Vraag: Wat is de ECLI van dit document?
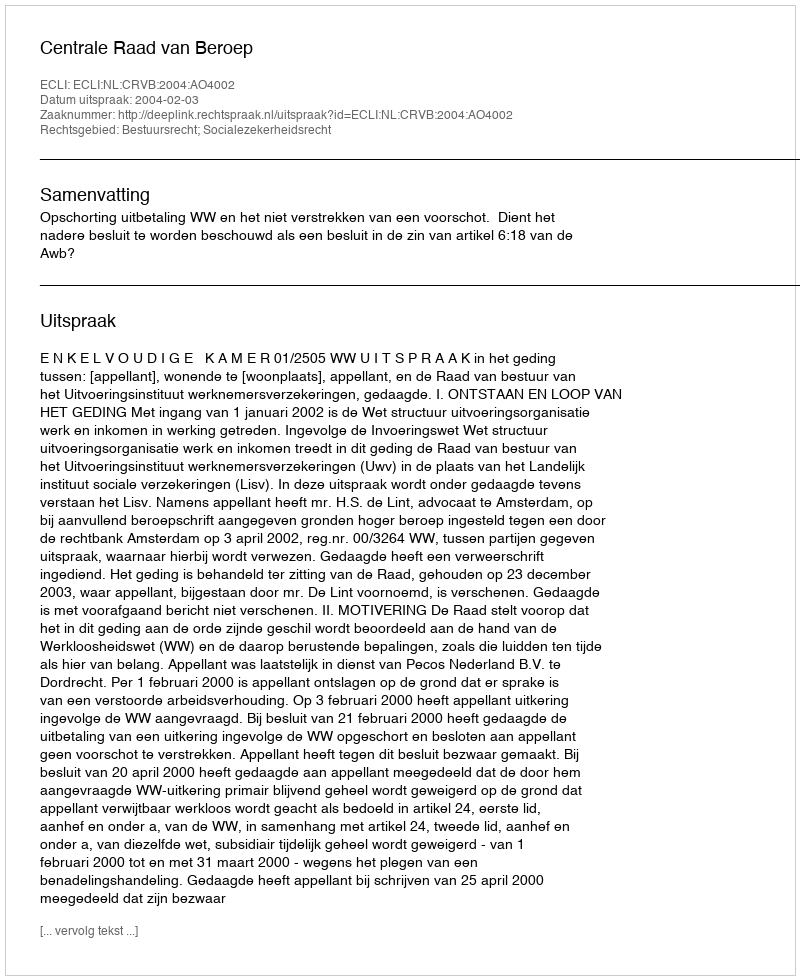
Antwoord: ECLI:NL:CRVB:2004:AO4002